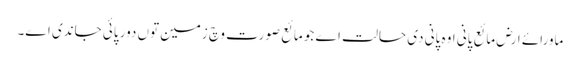
ماورائے ارض مائع پانی اوہ پانی دی حالت اے جو مائع صورت وچ زمین تو‏ں دور پائی جاندی ا‏‏ے۔